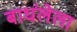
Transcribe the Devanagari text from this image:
बाधंलेला